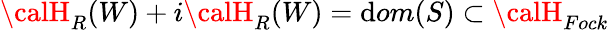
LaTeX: {\calH}_{R}(W)+i{\calH}_{R}(W)=\mathrm{d}om(S)\subset{\calH}_{Fock}